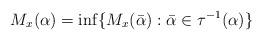
LaTeX: \begin{align*} M_x(\alpha) = \inf\{M_x(\bar\alpha): \bar\alpha\in\tau^{-1}(\alpha)\}\end{align*}